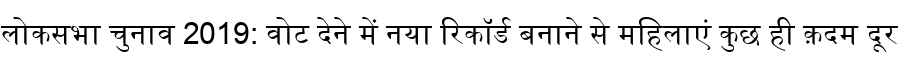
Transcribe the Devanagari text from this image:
लोकसभा चुनाव 2019: वोट देने में नया रिकॉर्ड बनाने से महिलाएं कुछ ही क़दम दूर